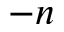
- n